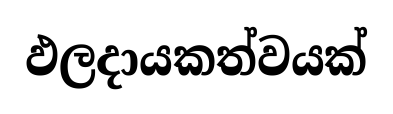
ඵලදායකත්වයක්